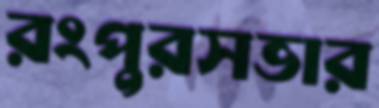
রংপুরসভার